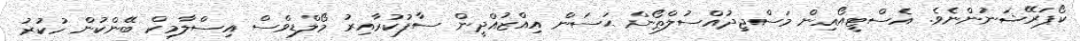
ކޯޕަރޭޝަނުންނެވެ. އެސްޓީއޯއިން މަސްޖިދުއްސުލްޠޯން ޙަސަން އިއްޒުއްދީން ސާފުކުރާއިރު މޯލްޑިވްސް އިސްލާމިކް ބޭންކުން ހުކުރު